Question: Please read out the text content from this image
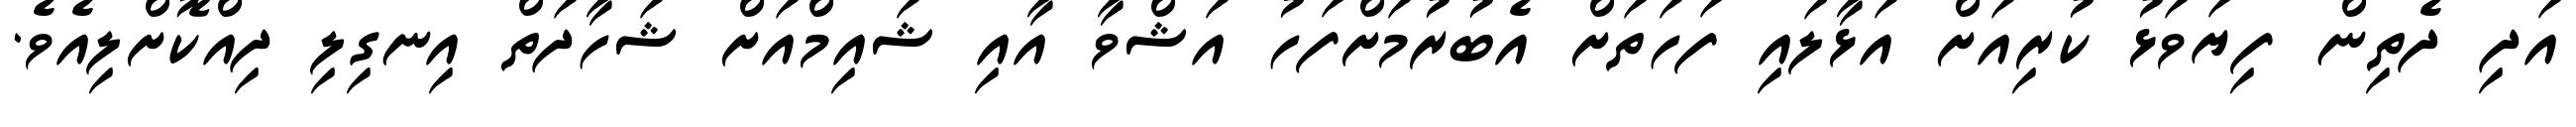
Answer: އަދި ދެތިން ފިޔަވަޅު ކުރިއަށް އަޅާލައި ފަހަތަށް އެބުރުމަށްފަހު އަޝްވާ އާއި ޝައިމްއަށް ޝަހާދަތް އިނގިލި ދިއްކޮށްލިއެވެ.